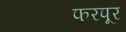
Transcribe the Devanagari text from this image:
फरपूर